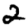
Digit: 2